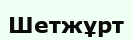
Шетжұрт